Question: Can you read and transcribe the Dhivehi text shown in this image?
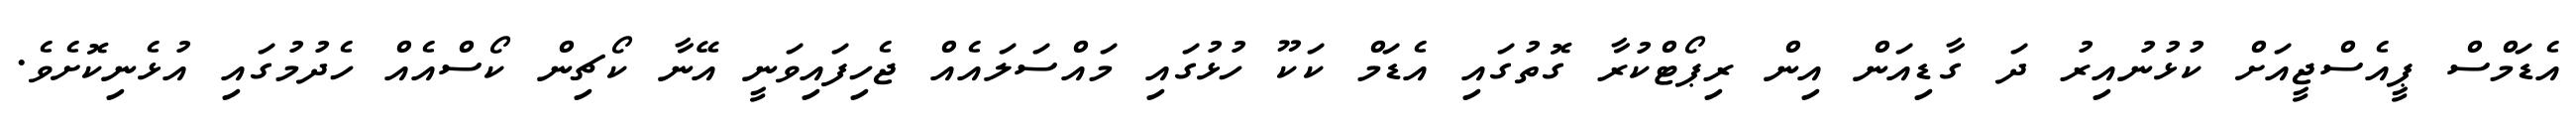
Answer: އެޑަމްސް ޕީއެސްޖީއަށް ކުޅުނުއިރު ދަ ގާޑިއަން އިން ރިޕޯޓްކުރާ ގޮތުގައި އެޑަމް ކަކޫ ހުޅުގައި މައްސަލައެއް ޖެހިފައިވަނީ އޭނާ ކޯޗިން ކޯސްއެއް ހެދުމުގައި އުޅެނިކޮށެވެ.